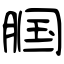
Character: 腘